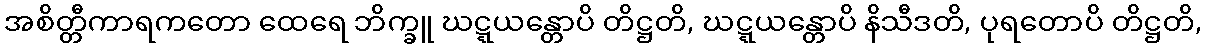
အစိတ္တီကာရကတော ထေရေ ဘိက္ခူ ဃဋ္ဋယန္တောပိ တိဋ္ဌတိ, ဃဋ္ဋယန္တောပိ နိသီဒတိ, ပုရတောပိ တိဋ္ဌတိ,